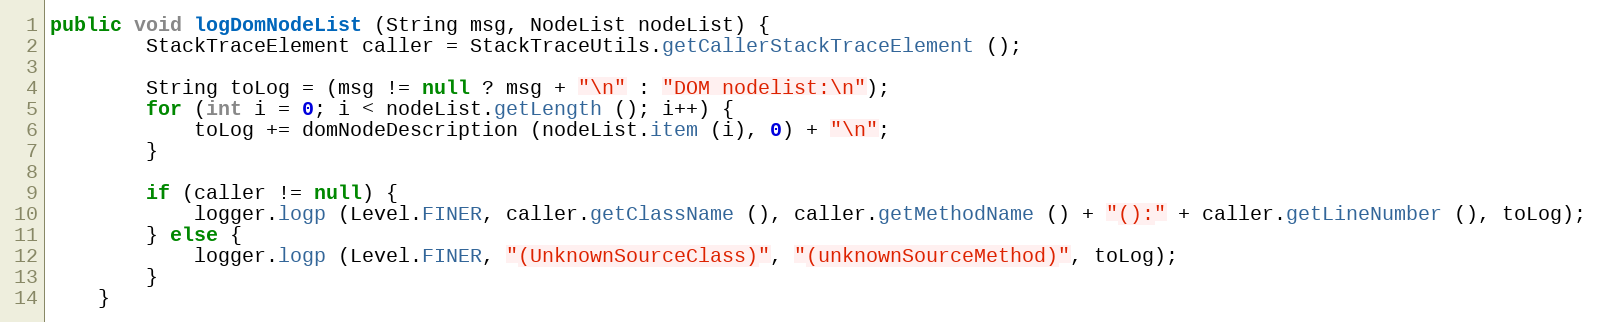
Language: Java
public void logDomNodeList (String msg, NodeList nodeList) {
		StackTraceElement caller = StackTraceUtils.getCallerStackTraceElement ();

		String toLog = (msg != null ? msg + "\n" : "DOM nodelist:\n");
		for (int i = 0; i < nodeList.getLength (); i++) {
			toLog += domNodeDescription (nodeList.item (i), 0) + "\n";
		}

		if (caller != null) {
			logger.logp (Level.FINER, caller.getClassName (), caller.getMethodName () + "():" + caller.getLineNumber (), toLog);
		} else {
			logger.logp (Level.FINER, "(UnknownSourceClass)", "(unknownSourceMethod)", toLog);
		}
	}